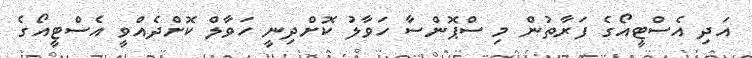
އަދި އެސްޓީއޯގެ ފަރާތުން މި ސްޕޮންސާ ހަވާލު ކޮށްދިނީ ހަވާލް ކޮށްދެއްވީ އެސްޓީއޯގެ